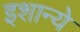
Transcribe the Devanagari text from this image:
इशान्ये